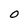
Character: O